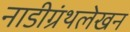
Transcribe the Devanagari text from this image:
नाडीग्रंथलेखन